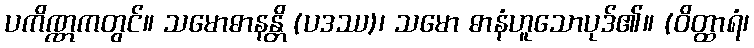
ပကိဏ္ဏကတွင်။ သမောဓာနန္တိ (ပဒဿ)၊ သမော ဓာနံဟူသောပုဒ်၏။ (ဝိတ္ထာရံ၊